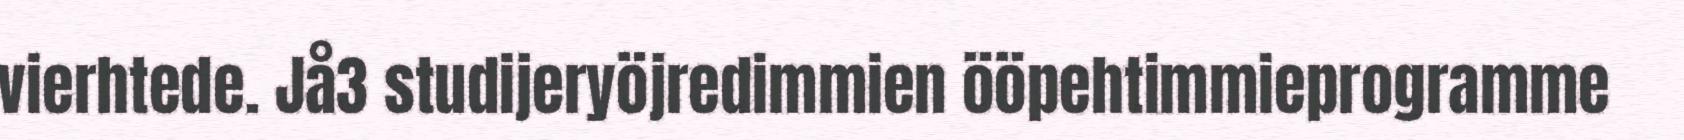
vierhtede. Jå3 studijeryöjredimmien ööpehtimmieprogramme